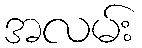
အလမ်း